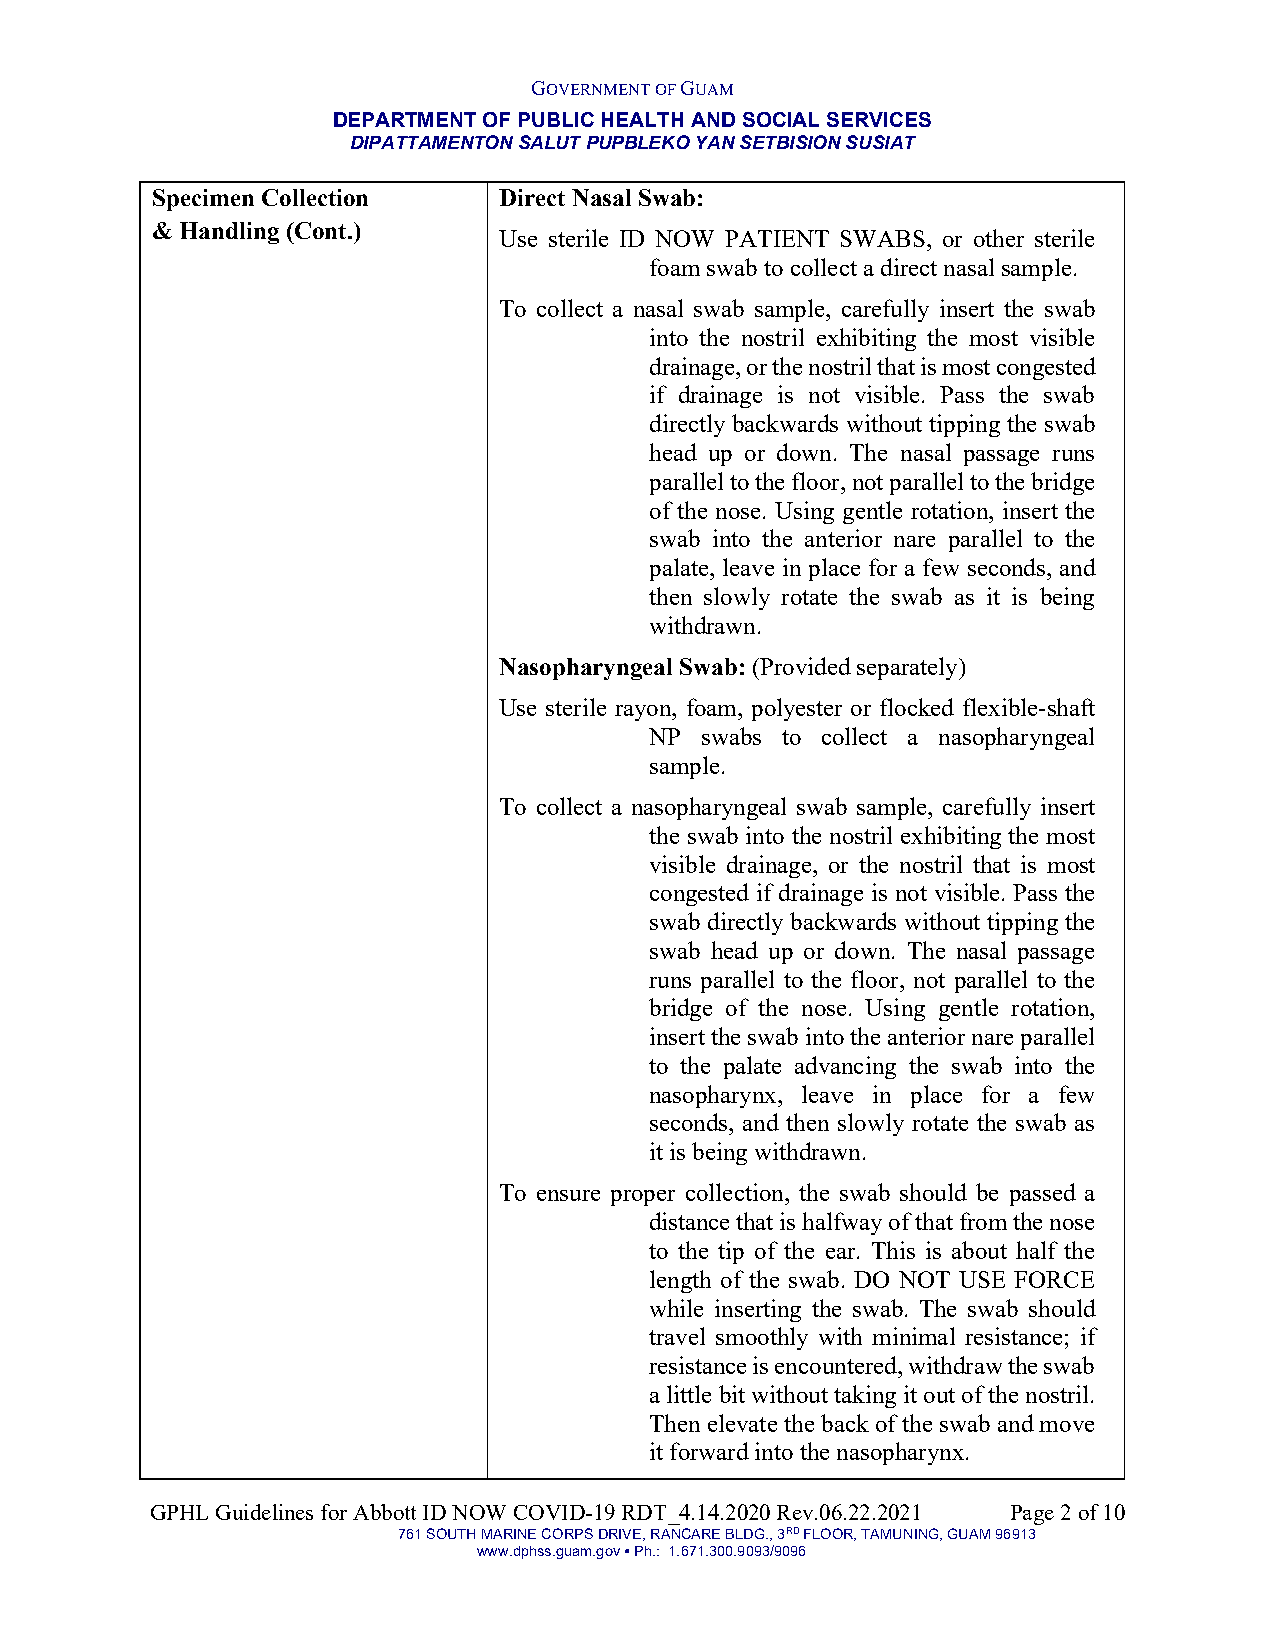
GOVERNMENT OF GUAM
 DEPARTMENT OF PUBLIC HEALTH AND SOCIAL SERVICES
 DIPATTAMENTON SALUT PUPBLEKO YAN SETBISION SUSIAT
 Specimen Collection    Direct Nasal Swab:
 & Handling (Cont.)
 Use sterile ID NOW PATIENT SWABS, or other sterile
 foam swab to collect a direct nasal sample.
 To collect a nasal swab sample, carefully insert the swab
 into the nostril exhibiting the most visible
 drainage, or the nostril that is most congested
 if drainage is not visible. Pass the swab
 directly backwards without tipping the swab
 head up or down. The nasal passage runs
 parallel to the floor, not parallel to the bridge
 of the nose. Using gentle rotation, insert the
 swab into the anterior nare parallel to the
 palate, leave in place for a few seconds, and
 then slowly rotate the swab as it is being
 withdrawn.
 Nasopharyngeal Swab: (Provided separately)
 Use sterile rayon, foam, polyester or flocked flexible-shaft
 NP swabs to collect a nasopharyngeal
 sample.
 To collect a nasopharyngeal swab sample, carefully insert
 the swab into the nostril exhibiting the most
 visible drainage, or the nostril that is most
 congested if drainage is not visible. Pass the
 swab directly backwards without tipping the
 swab head up or down. The nasal passage
 runs parallel to the floor, not parallel to the
 bridge of the nose. Using gentle rotation,
 insert the swab into the anterior nare parallel
 to the palate advancing the swab into the
 nasopharynx, leave in place for a few
 seconds, and then slowly rotate the swab as
 it is being withdrawn.
 To ensure proper collection, the swab should be passed a
 distance that is halfway of that from the nose
 to the tip of the ear. This is about half the
 length of the swab. DO NOT USE FORCE
 while inserting the swab. The swab should
 travel smoothly with minimal resistance; if
 resistance is encountered, withdraw the swab
 a little bit without taking it out of the nostril.
 Then elevate the back of the swab and move
 it forward into the nasopharynx.
 GPHL Guidelines for Abbott ID NOW COVID-19 RDT_4.14.2020 Rev.06.22.2021 Page 2 of 10
 761 SOUTH MARINE CORPS DRIVE, RANCARE BLDG., 3RD FLOOR, TAMUNING, GUAM 96913
 www.dphss.guam.gov ● Ph.: 1.671.300.9093/9096